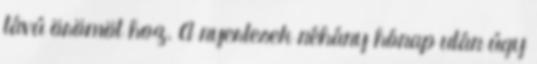
távú örömöt hoz. A nyertesek néhány hónap után úgy